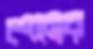
শেনের